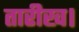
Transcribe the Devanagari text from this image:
तारीख।